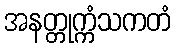
အနတ္တုက္ကံသကတံ